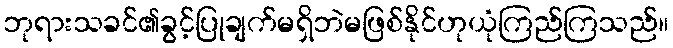
ဘုရားသခင်၏ခွင့်ပြုချက်မရှိဘဲမဖြစ်နိုင်ဟုယုံကြည်ကြသည်။